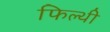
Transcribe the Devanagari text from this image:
फिल्थी